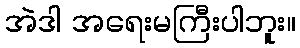
အဲဒါ အရေးမကြီးပါဘူး။